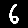
Digit: 6